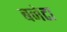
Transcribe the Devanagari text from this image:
बनेटा